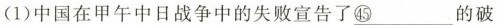
1)中国在甲午中日战争中的失败宣告了\underline{㊺}的破